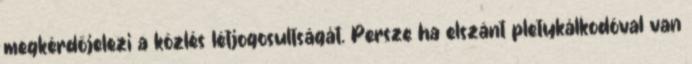
megkérdőjelezi a közlés létjogosultságát. Persze ha elszánt pletykálkodóval van